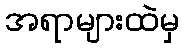
အရာများထဲမှ